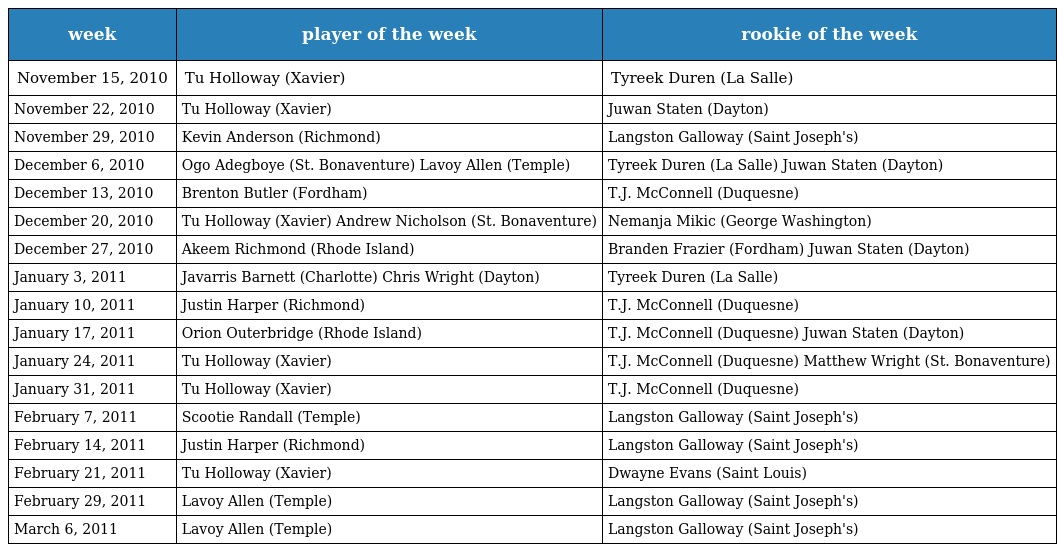
| week | player of the week | rookie of the week |
 | --- | --- | --- |
 | November 15, 2010 | Tu Holloway (Xavier) | Tyreek Duren (La Salle) |
 | November 22, 2010 | Tu Holloway (Xavier) | Juwan Staten (Dayton) |
 | November 29, 2010 | Kevin Anderson (Richmond) | Langston Galloway (Saint Joseph's) |
 | December 6, 2010 | Ogo Adegboye (St. Bonaventure) Lavoy Allen (Temple) | Tyreek Duren (La Salle) Juwan Staten (Dayton) |
 | December 13, 2010 | Brenton Butler (Fordham) | T.J. McConnell (Duquesne) |
 | December 20, 2010 | Tu Holloway (Xavier) Andrew Nicholson (St. Bonaventure) | Nemanja Mikic (George Washington) |
 | December 27, 2010 | Akeem Richmond (Rhode Island) | Branden Frazier (Fordham) Juwan Staten (Dayton) |
 | January 3, 2011 | Javarris Barnett (Charlotte) Chris Wright (Dayton) | Tyreek Duren (La Salle) |
 | January 10, 2011 | Justin Harper (Richmond) | T.J. McConnell (Duquesne) |
 | January 17, 2011 | Orion Outerbridge (Rhode Island) | T.J. McConnell (Duquesne) Juwan Staten (Dayton) |
 | January 24, 2011 | Tu Holloway (Xavier) | T.J. McConnell (Duquesne) Matthew Wright (St. Bonaventure) |
 | January 31, 2011 | Tu Holloway (Xavier) | T.J. McConnell (Duquesne) |
 | February 7, 2011 | Scootie Randall (Temple) | Langston Galloway (Saint Joseph's) |
 | February 14, 2011 | Justin Harper (Richmond) | Langston Galloway (Saint Joseph's) |
 | February 21, 2011 | Tu Holloway (Xavier) | Dwayne Evans (Saint Louis) |
 | February 29, 2011 | Lavoy Allen (Temple) | Langston Galloway (Saint Joseph's) |
 | March 6, 2011 | Lavoy Allen (Temple) | Langston Galloway (Saint Joseph's) |